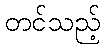
တင်သည့်